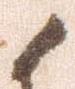
候